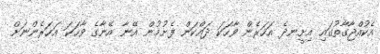
އެކުއްޖާގާތުގައި އިށީނދެ އަހަރެން ވާހަކަ ދައްކަން ފެށުމުން އޭނާ އޭނާގެ ވާހަކަ އަހަރެންނަށް